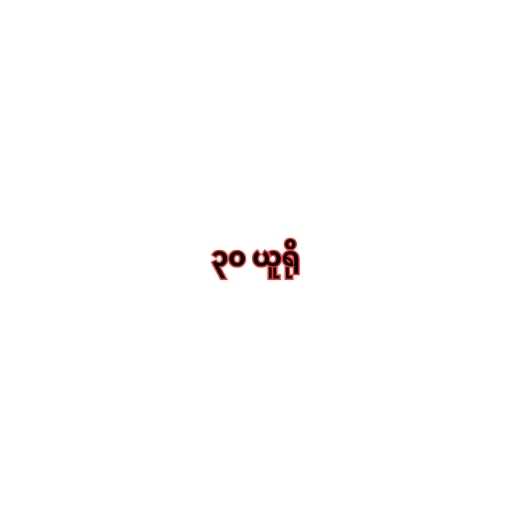
၃၀ ယူရို